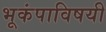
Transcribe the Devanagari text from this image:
भूकंपाविषयी